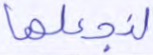
لنجعلها